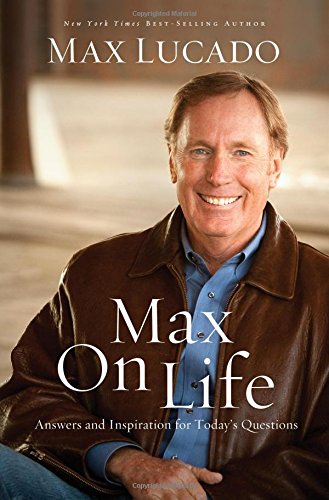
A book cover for Max On Life: Answers and Insights to Your Most Important Questions; Max Lucado; Christian Books & Bibles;